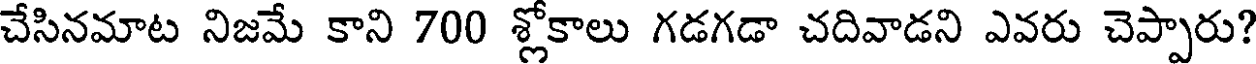
చేసినమాట నిజమే కాని 700 శ్లోకాలు గడగడా చదివాడని ఎవరు చెప్పారు?